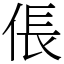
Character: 倀